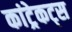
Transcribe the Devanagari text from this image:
कांट्रेकट्स